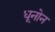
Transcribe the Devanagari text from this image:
धूनोन